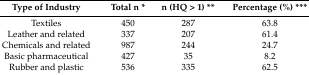
<table><thead><tr><td><b>Type of Industry</b></td><td><b>Total n *</b></td><td><b>n (HQ &gt; 1) **</b></td><td><b>Percentage (%) ***</b></td></tr></thead><tbody><tr><td>Textiles</td><td>450</td><td>287</td><td>63.8</td></tr><tr><td>Leather and related</td><td>337</td><td>207</td><td>61.4</td></tr><tr><td>Chemicals and related</td><td>987</td><td>244</td><td>24.7</td></tr><tr><td>Basic pharmaceutical</td><td>427</td><td>35</td><td>8.2</td></tr><tr><td>Rubber and plastic</td><td>536</td><td>335</td><td>62.5</td></tr></tbody></table>